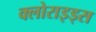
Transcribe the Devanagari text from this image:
क्लोराइड्स